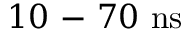
1 0 \mathrm { ~ - ~ } 7 0 ~ \mathrm { n s }